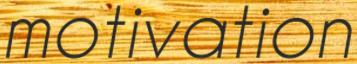
motivation